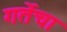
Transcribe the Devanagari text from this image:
गर्तेचा